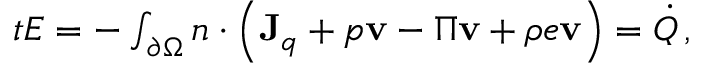
\begin{array} { r } { \d _ { t } E = - \int _ { \partial \Omega } \d \mathbf { n } \cdot \left( \mathbf { J } _ { q } + p \mathbf { v } - \Pi \mathbf { v } + \rho e \mathbf { v } \right) = { \dot { Q } } \, , } \end{array}